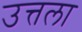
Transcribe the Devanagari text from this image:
उत्तला